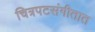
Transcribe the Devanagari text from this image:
चित्रपटसंगीतात